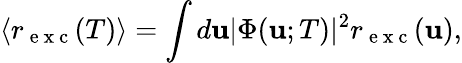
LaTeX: \left\langle r_{\mathrm{~e~x~c~}}(T)\right\rangle=\int d\mathbf{u}|\Phi(\mathbf{u};T)|^{2}r_{\mathrm{~e~x~c~}}(\mathbf{u}),